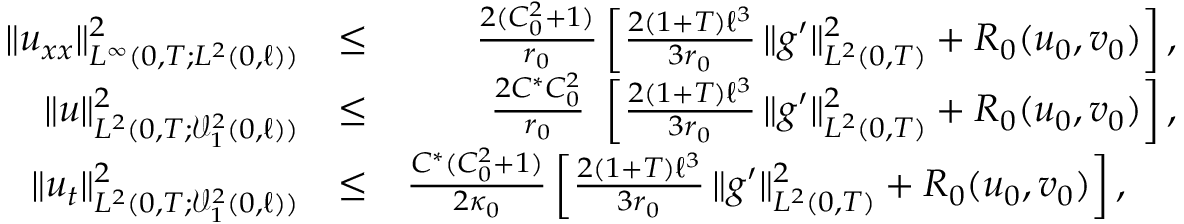
\begin{array} { r l r } { \Vert u _ { x x } \Vert _ { L ^ { \infty } ( 0 , T ; L ^ { 2 } ( 0 , \ell ) ) } ^ { 2 } } & { \leq } & { \frac { 2 ( C _ { 0 } ^ { 2 } + 1 ) } { r _ { 0 } } \left[ \frac { 2 ( 1 + T ) \ell ^ { 3 } } { 3 r _ { 0 } } \, \Vert g ^ { \prime } \Vert _ { L ^ { 2 } ( 0 , T ) } ^ { 2 } + R _ { 0 } ( u _ { 0 } , v _ { 0 } ) \right] , } \\ { \Vert u \Vert _ { L ^ { 2 } ( 0 , T ; \mathcal { V } _ { 1 } ^ { 2 } ( 0 , \ell ) ) } ^ { 2 } } & { \leq } & { \frac { 2 C ^ { \ast } C _ { 0 } ^ { 2 } } { r _ { 0 } } \ \left[ \frac { 2 ( 1 + T ) \ell ^ { 3 } } { 3 r _ { 0 } } \, \Vert g ^ { \prime } \Vert _ { L ^ { 2 } ( 0 , T ) } ^ { 2 } + R _ { 0 } ( u _ { 0 } , v _ { 0 } ) \right] , } \\ { \Vert u _ { t } \Vert _ { L ^ { 2 } ( 0 , T ; \mathcal { V } _ { 1 } ^ { 2 } ( 0 , \ell ) ) } ^ { 2 } } & { \leq } & { \frac { C ^ { \ast } ( C _ { 0 } ^ { 2 } + 1 ) } { 2 \kappa _ { 0 } } \left[ \frac { 2 ( 1 + T ) \ell ^ { 3 } } { 3 r _ { 0 } } \, \Vert g ^ { \prime } \Vert _ { L ^ { 2 } ( 0 , T ) } ^ { 2 } + R _ { 0 } ( u _ { 0 } , v _ { 0 } ) \right] , ~ ~ ~ ~ } \end{array}